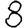
Digit: 8